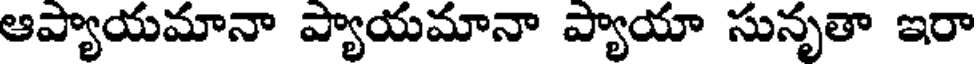
ఆప్యాయమానా ప్యాయమానా ప్యాయా సునృతా ఇరా